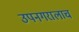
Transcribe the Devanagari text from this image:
उपनगरालाच